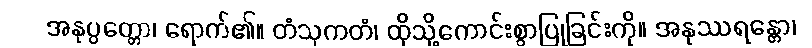
အနုပ္ပတ္တော၊ ရောက်၏။ တံသုကတံ၊ ထိုသို့ကောင်းစွာပြုခြင်းကို။ အနုဿရန္တော၊